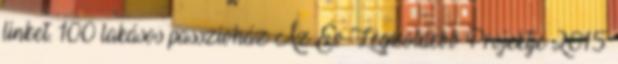
linket. 100 lakásos passzívház Az Év Legzöldebb Projektje 2015